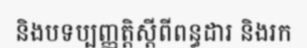
និងបទប្បញ្ញត្តិស្តីពីពន្ធដារ និងរក